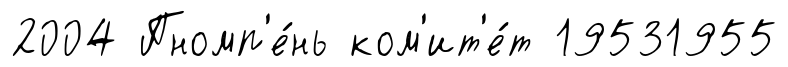
2004 Пномп'е́нь ком'ит'е́т 19531955